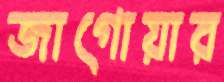
জাগোয়ার